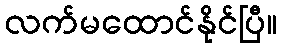
လက်မထောင်နိုင်ပြီ။